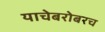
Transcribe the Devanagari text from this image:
याचेबरोबरच